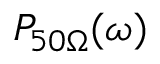
P _ { 5 0 \Omega } ( \omega )